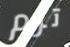
ترم